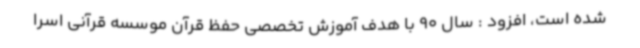
شده است، افزود : سال 90 با هدف آموزش تخصصی حفظ قرآن موسسه قرآنی اسرا